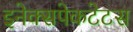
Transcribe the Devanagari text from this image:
इनेक्सपेकटेटस